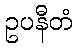
ဥပနီတံ